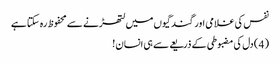
نفس کی غلامی اور گندگیوں میں لتھڑنے سے محفوظ رہ سکتا ہے
( 4 ) دل کی مضبوطی کے ذریعے سے ہی انسان !